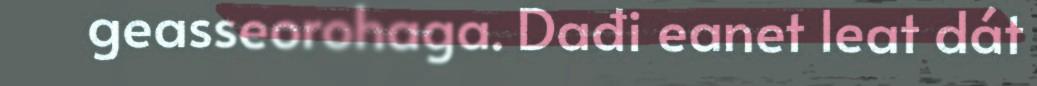
geasseorohaga. Dađi eanet leat dát